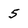
Character: 5